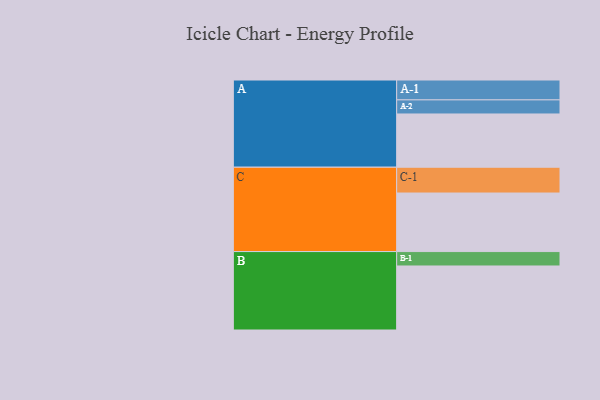
{"axis": {"x": "Segment", "y": "Value"}, "legend": ["", "A", "B", "C"], "data": [{"x": "A", "y": 351, "type": ""}, {"x": "B", "y": 422, "type": ""}, {"x": "C", "y": 386, "type": ""}, {"x": "A-1", "y": 131, "type": "A"}, {"x": "A-2", "y": 93, "type": "A"}, {"x": "B-1", "y": 95, "type": "B"}, {"x": "C-1", "y": 170, "type": "C"}]}